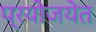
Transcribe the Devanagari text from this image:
प्रयोजयेत